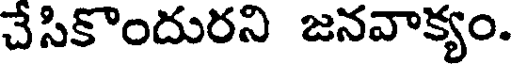
చేసికొందురని జనవాక్యం.